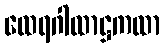
ထေရဂါထာဋ္ဌကထာ